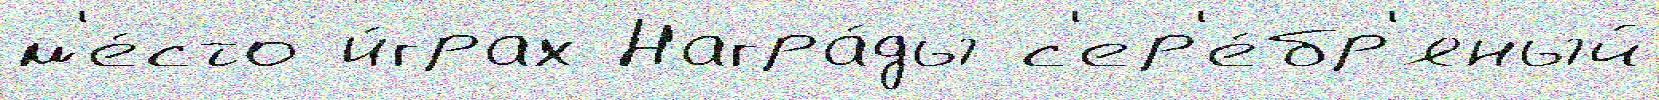
м'е́сто и́грах Награ́ды с'ер'е́бр'яный